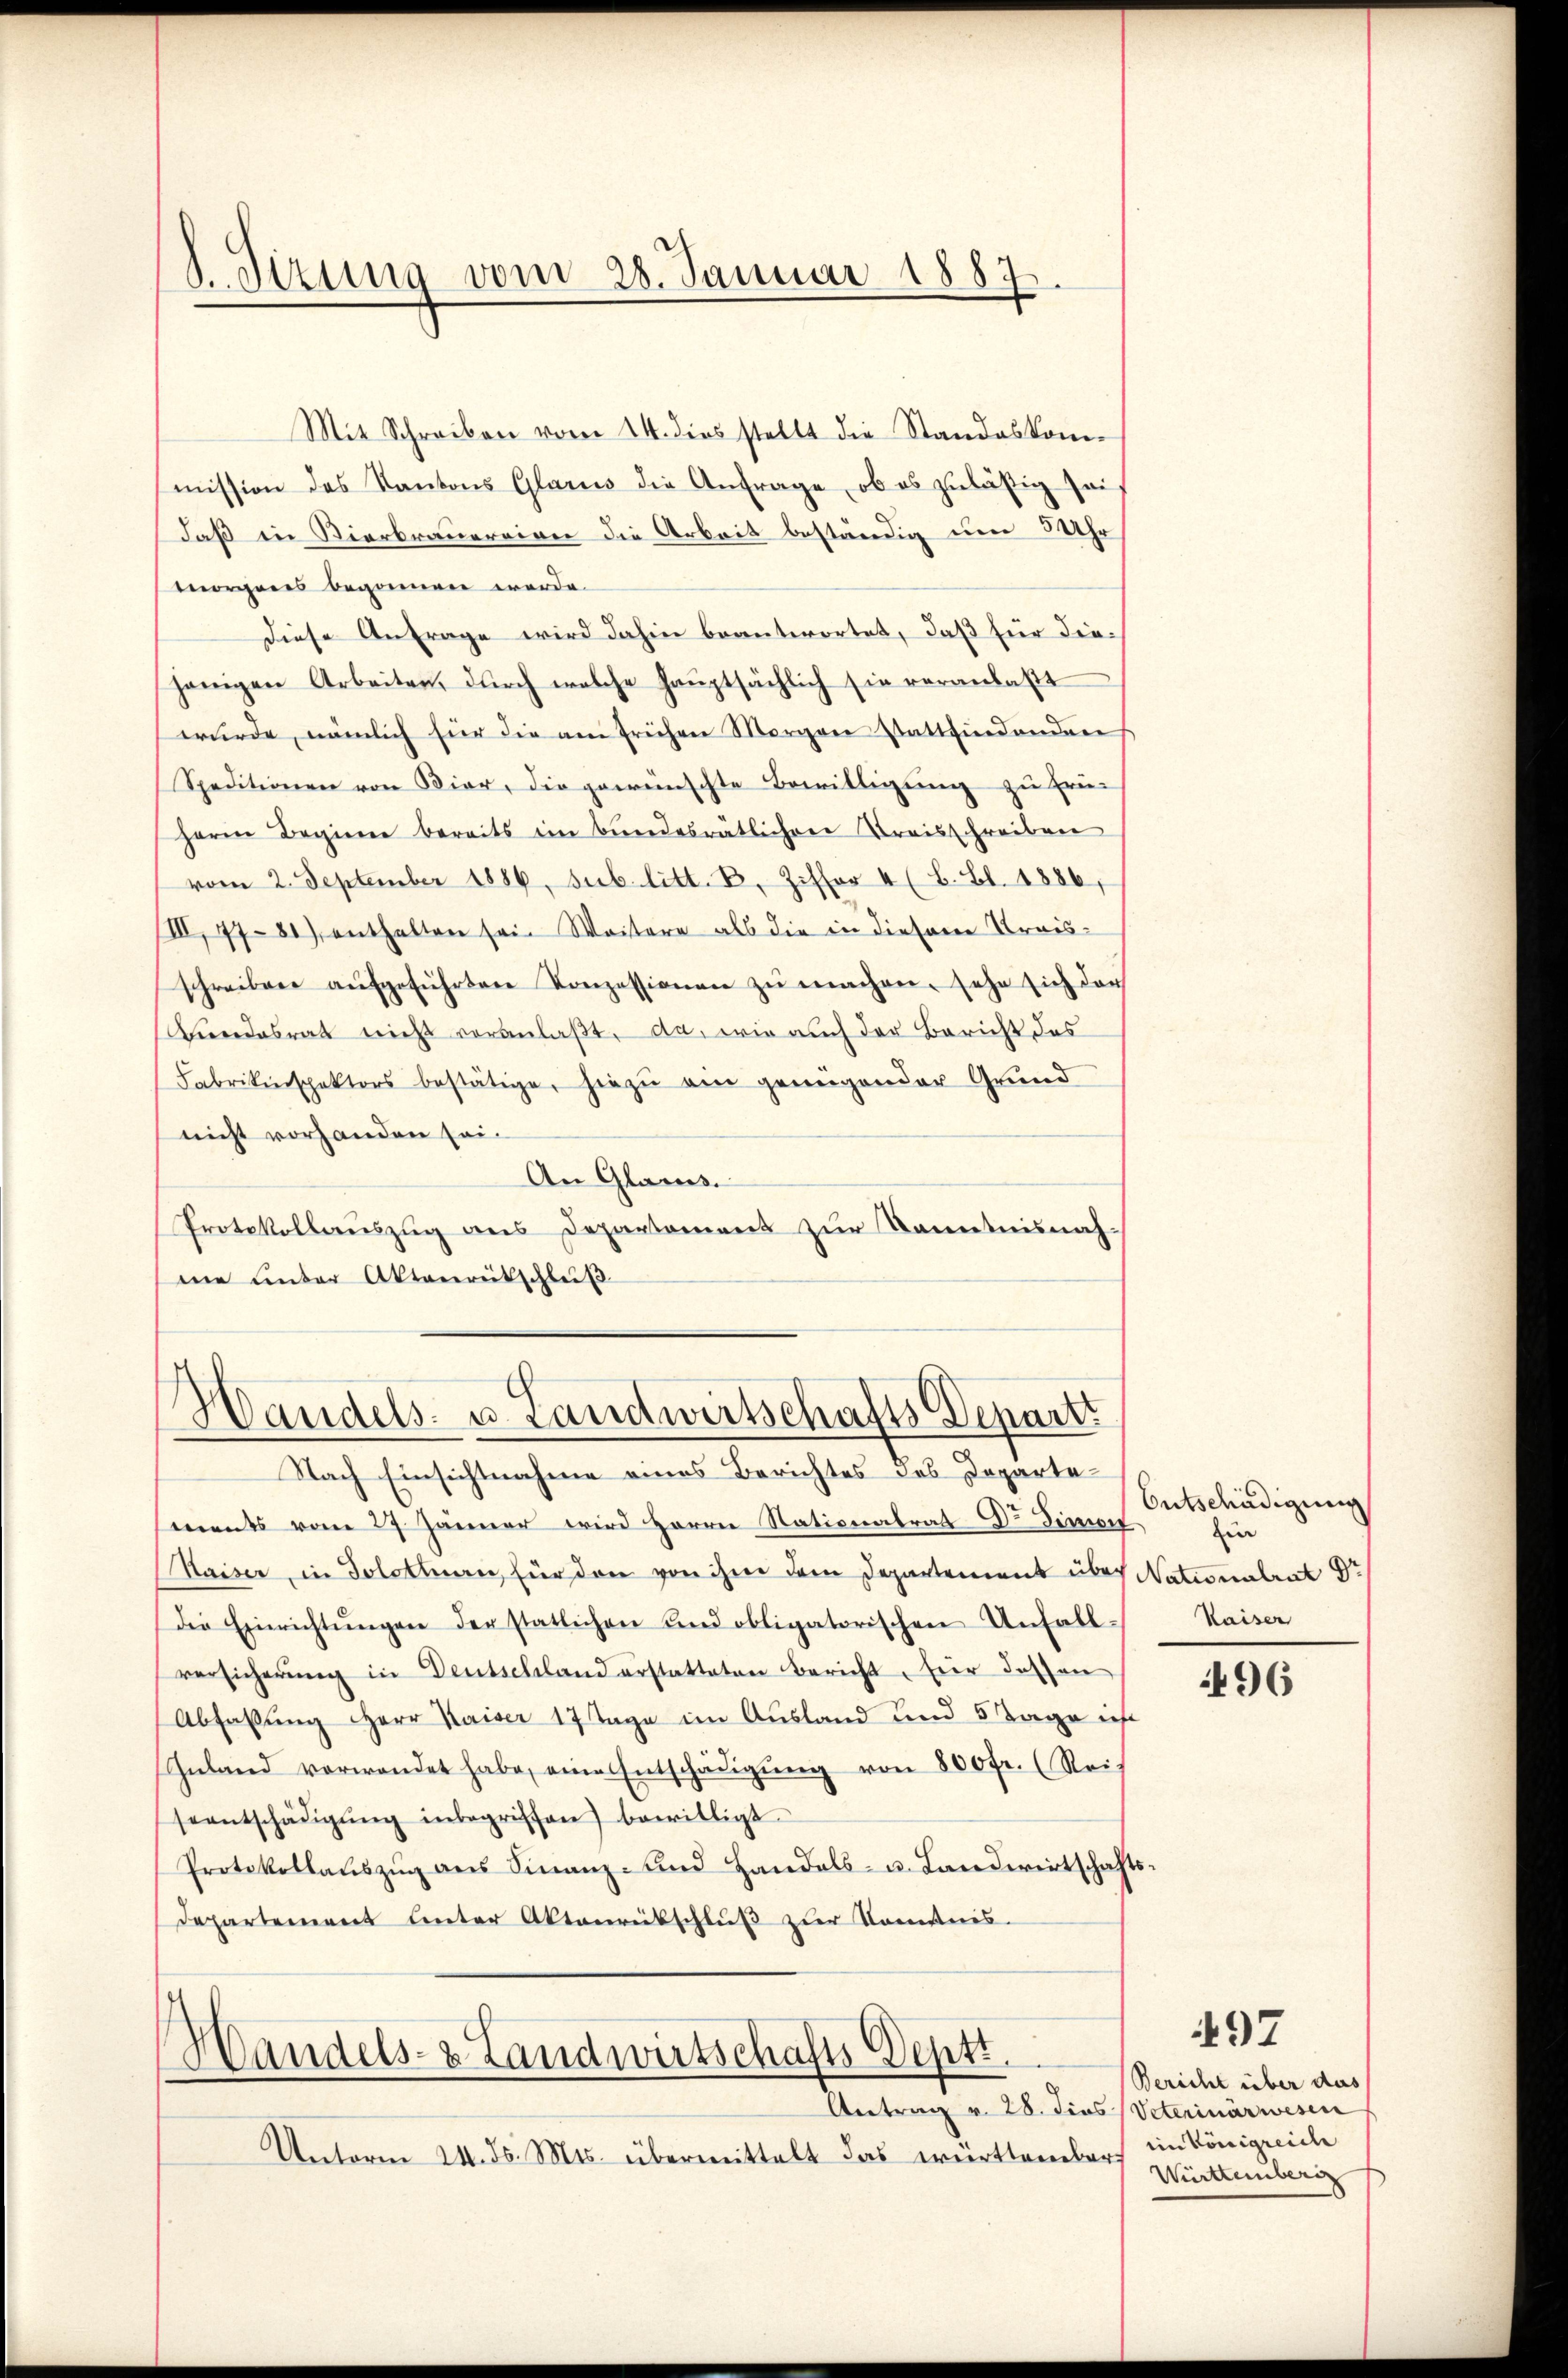
.Sirung vom 28. Januar 1887

Mit Schreiben vom 14. dies stellt die Standeskom-
mission des Kantons Glarus die Anfrage, ob es zuläßig sei,
daß in Vierbrauereiner die Arbeit beständig um 3 Uhr
morgens begonnen werde.
Diese Anfrage wird dahin beantwortet, daß für diehänigen Arbeiten, durch welche hauptsächlich sie veranlaßt
wŭrde, nämlich für die am frühen Morgen stattfindenden
Speditionen von Bier, die gewünschte Bewilligung zu frü¬
Herrn Beginne bereits im Bundesrätlichene Braisschreiben
vom 2. September 1886, sub. litt. B. Ziffer 4 (B. Bl. 1886,
IIII 77-81) enthalten sein Weitere als die in diesene Kraisschreiben aŭfgeführten Konzessionen zu machen, sehr sich der
Bendesrat nicht veranlaßt, da, wie auch der Bericht des
Fabrikinspektors bestätige, hiezŭ ein genügender Grund
nicht vorhanden sei¬
An Glarus.
Protokollauszug aus Departement zur Kenntnisnah-
me unter Aktenrütschluß

Handels- u. Landwirtschafts Depart

Handels- & Landwirtschafts Deptt.
Antrag v. 28. dies Veterinärwesen

Unterm 24. ds. Mts. übermittelt das württember

Nach Einsichtnahme eines Berichtes des Departements vom 29. Jänner wird Herrn Nationalrat Dr. Finin
Kaiser, in Solothurn, für den von ihm dem Departement über Nationalrat Dr
die Einrichtŭngen der statlichen und obligatorischen Unfall-
versicherŭng in Deutschland erstatteten Bericht, für dassen
Abfassung Herr Kaiser 17 Tage im Ausland und 5 Tage ich
Inland verwendet habe, eine Entschädigŭng von 800 fr. (Reif
seentschädigŭng inbegriffen) bewilligt.
Protokollaŭszŭg ans Finanz- und Handels- u. Landwirtschafts-
Departement unter Aktenrütschluß zur Kominis

Entschädigung
zin
Kaiser

496

497

Bericht über aus
im Königreiche
Württemberg